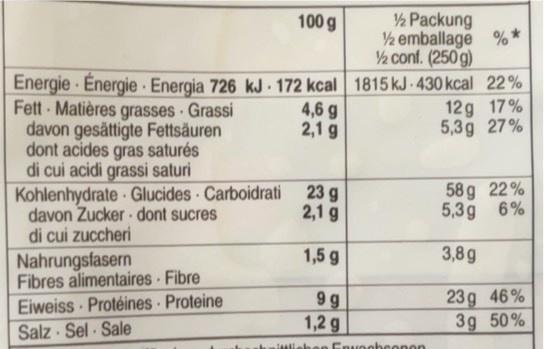
½ Packung ½ emballage %* conf. (250 g)
100 g
Energie Energie Energia 726 kJ 172 kcal 1815 kJ- 430 kcal 22% 4,6 g 2,1 g
12g 17% 5,3g 27%
Fett Matières grasses Grassi davon gesättigte Fettsäuren dont acides gras saturés di cui acidi grassi saturi Kohlenhydrate Glucides Carboidrati 23 g davon Zucker dont sucres di cui zuccheri
58 g 22% 5,3g 6%
2,1 g
1,5 g
3,8g
Nahrungsfasern Fibres alimentaires Fibre Eiweiss Protéines Proteine Salz Sel Sale
23g 46% 3g 50%
9 g 1,2 g
lichen Enuochconon